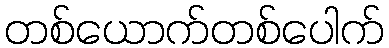
တစ်ယောက်တစ်ပေါက်